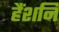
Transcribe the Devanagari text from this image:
हैंशनि